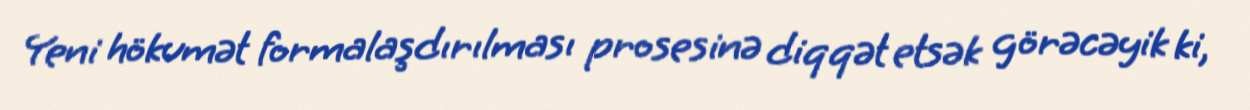
Yeni hökumət formalaşdırılması prosesinə diqqət etsək görəcəyik ki,